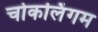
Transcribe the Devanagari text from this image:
चोकलिंगम